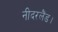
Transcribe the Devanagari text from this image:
नीदरलैंड।